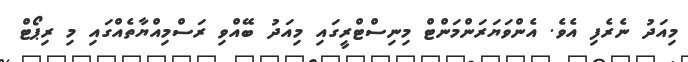
މިއަދު ނެރެފި އެވެ. އެންވަޔަރަންމަންޓް މިނިސްޓްރީގައި މިއަދު ބޭއްވި ރަސްމިއްޔާތެއްގައި މި ރިޕޯޓް